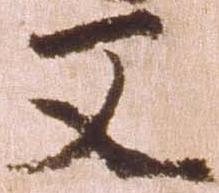
又